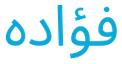
فؤاده